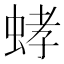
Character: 𮶾